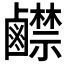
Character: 𪊅